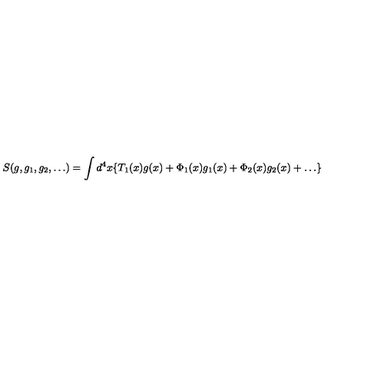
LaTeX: S ( g , g _ { 1 } , g _ { 2 } , \ldots ) = \int d ^ { 4 } x \{ T _ { 1 } ( x ) g ( x ) + \Phi _ { 1 } ( x ) g _ { 1 } ( x ) + \Phi _ { 2 } ( x ) g _ { 2 } ( x ) + \ldots \}